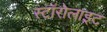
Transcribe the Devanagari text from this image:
स्टॉरोलाइट